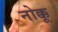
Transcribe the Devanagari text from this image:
नोक्कू